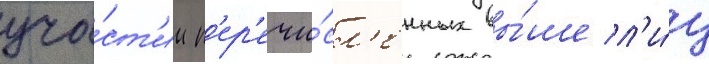
уча́ст'ии п'ер'ечи́сл'енных вы́ше л'и́ц